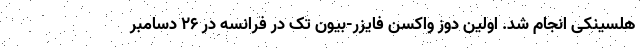
هلسینکی انجام شد. اولین دوز واکسن فایزر-بیون تک در فرانسه در ۲۶ دسامبر